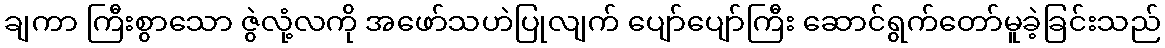
ချကာ ကြီးစွာသော ဇွဲလုံ့လကို အဖော်သဟဲပြုလျက် ပျော်ပျော်ကြီး ဆောင်ရွက်တော်မူခဲ့ခြင်းသည်